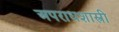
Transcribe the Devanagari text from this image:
अपराधशास्त्री